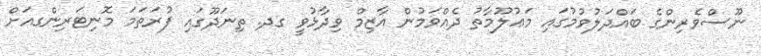
ނޫސްވެރިންގެ ބައްދަލުވުމުގައި މަޢުލޫމާތު ދެއްވަމުން އާޒިމް ވިދާޅުވީ ގދ. ތިނަދޫގައި ފުރަތަމަ މޮނިޓަރިންގއަށް